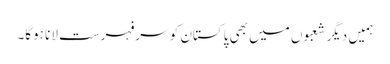
ہمیں دیگر شعبوں میں بھی پاکستان کو سرفہرست لانا ہوگا۔